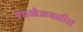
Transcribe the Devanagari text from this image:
शाळेजवळील